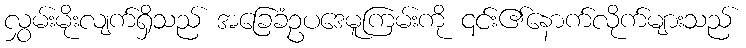
လွှမ်းမိုးလျက်ရှိသည် အခြေခံဥပဒေမူကြမ်းကို ၎င်း၏နောက်လိုက်များသည်